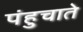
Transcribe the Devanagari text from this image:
पंहुचाते